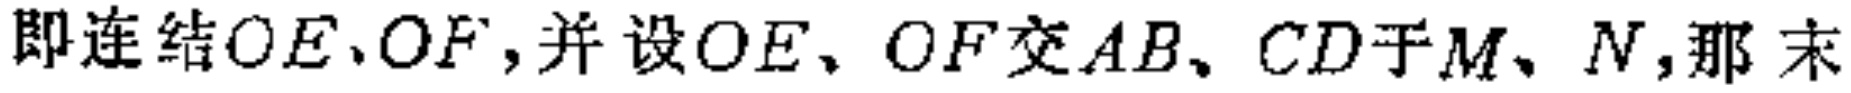
即连结\(OE、OF\)，并设\(OE、OF\)交\(AB、CD\)于\(M、N\)，那 末